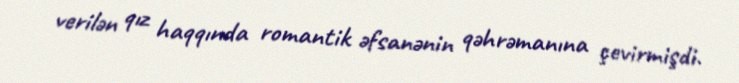
verilən qız haqqında romantik əfsanənin qəhrəmanına çevirmişdi.